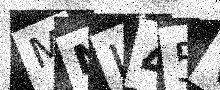
Text: MNI45V